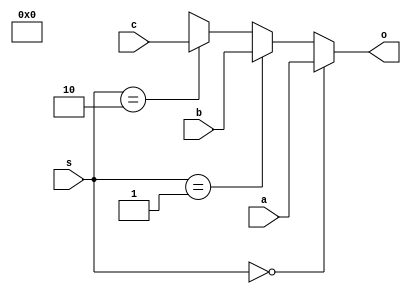
module mux3nton#(parameter N=8)(input[N-1:0]a,b,c,input [1:0]s,output [N-1:0]o);
	assign o=(s==2'd0)?a:
		    (s==2'd1)?b:
            (s==2'd2)?c:1'bx;
endmodule